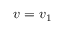
v = v _ { 1 }